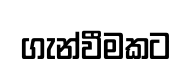
ගැන්වීමකට